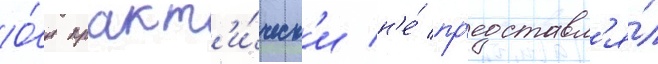
О́н практ'и́ческ'и н'е́ пр'едставл'я́л